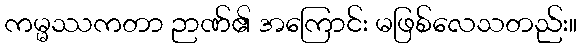
ကမ္မဿကတာ ဉာဏ်၏ အကြောင်း မဖြစ်လေသတည်း။